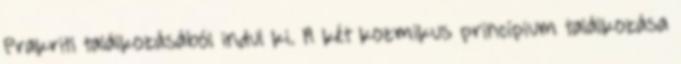
Prakriti találkozásából indul ki. A két kozmikus princípium találkozása